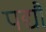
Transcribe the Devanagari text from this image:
पद्यौं